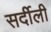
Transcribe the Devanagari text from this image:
सर्दीली